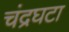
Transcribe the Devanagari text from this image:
चंद्रघटा